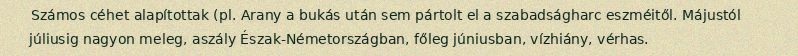
Számos céhet alapítottak (pl. Arany a bukás után sem pártolt el a szabadságharc eszméitől. Májustól júliusig nagyon meleg, aszály Észak-Németországban, főleg júniusban, vízhiány, vérhas.